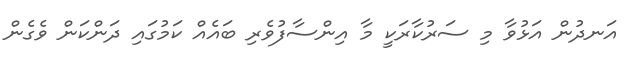
އަނދުން އަޅުވާ މި ސަރުކާރަކީ މާ އިންސާފުވެރި ބައެއް ކަމުގައި ދަންކަން ވެގެން